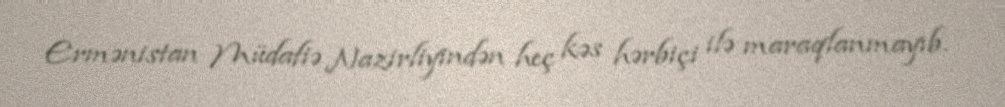
Ermənistan Müdafiə Nazirliyindən heç kəs hərbiçi ilə maraqlanmayıb.